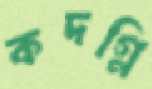
কদগ্নি